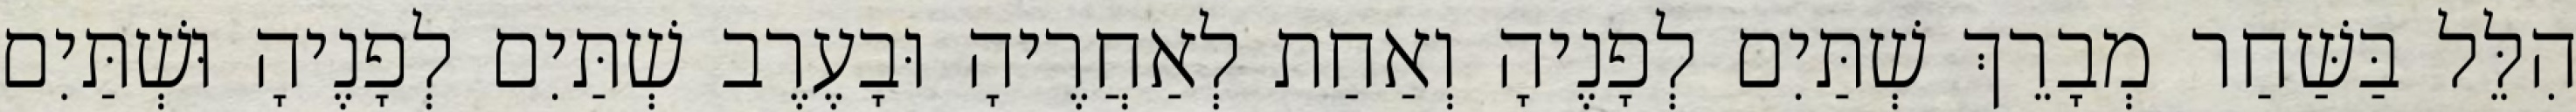
הִלֵּל בַּשַּׁחַר מְבָרֵךְ שְׁתַּיִם לְפָנֶיהָ וְאַחַת לְאַחֲרֶיהָ וּבָעֶרֶב שְׁתַּיִם לְפָנֶיהָ וּשְׁתַּיִם